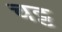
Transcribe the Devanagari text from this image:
चट्ट